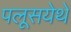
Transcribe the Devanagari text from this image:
पलूसयेथे